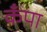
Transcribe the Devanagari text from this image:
कँपा